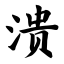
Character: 溃